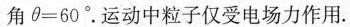
角$$\theta = 6 0 °$$.运动中粒子仅受电场力作用。